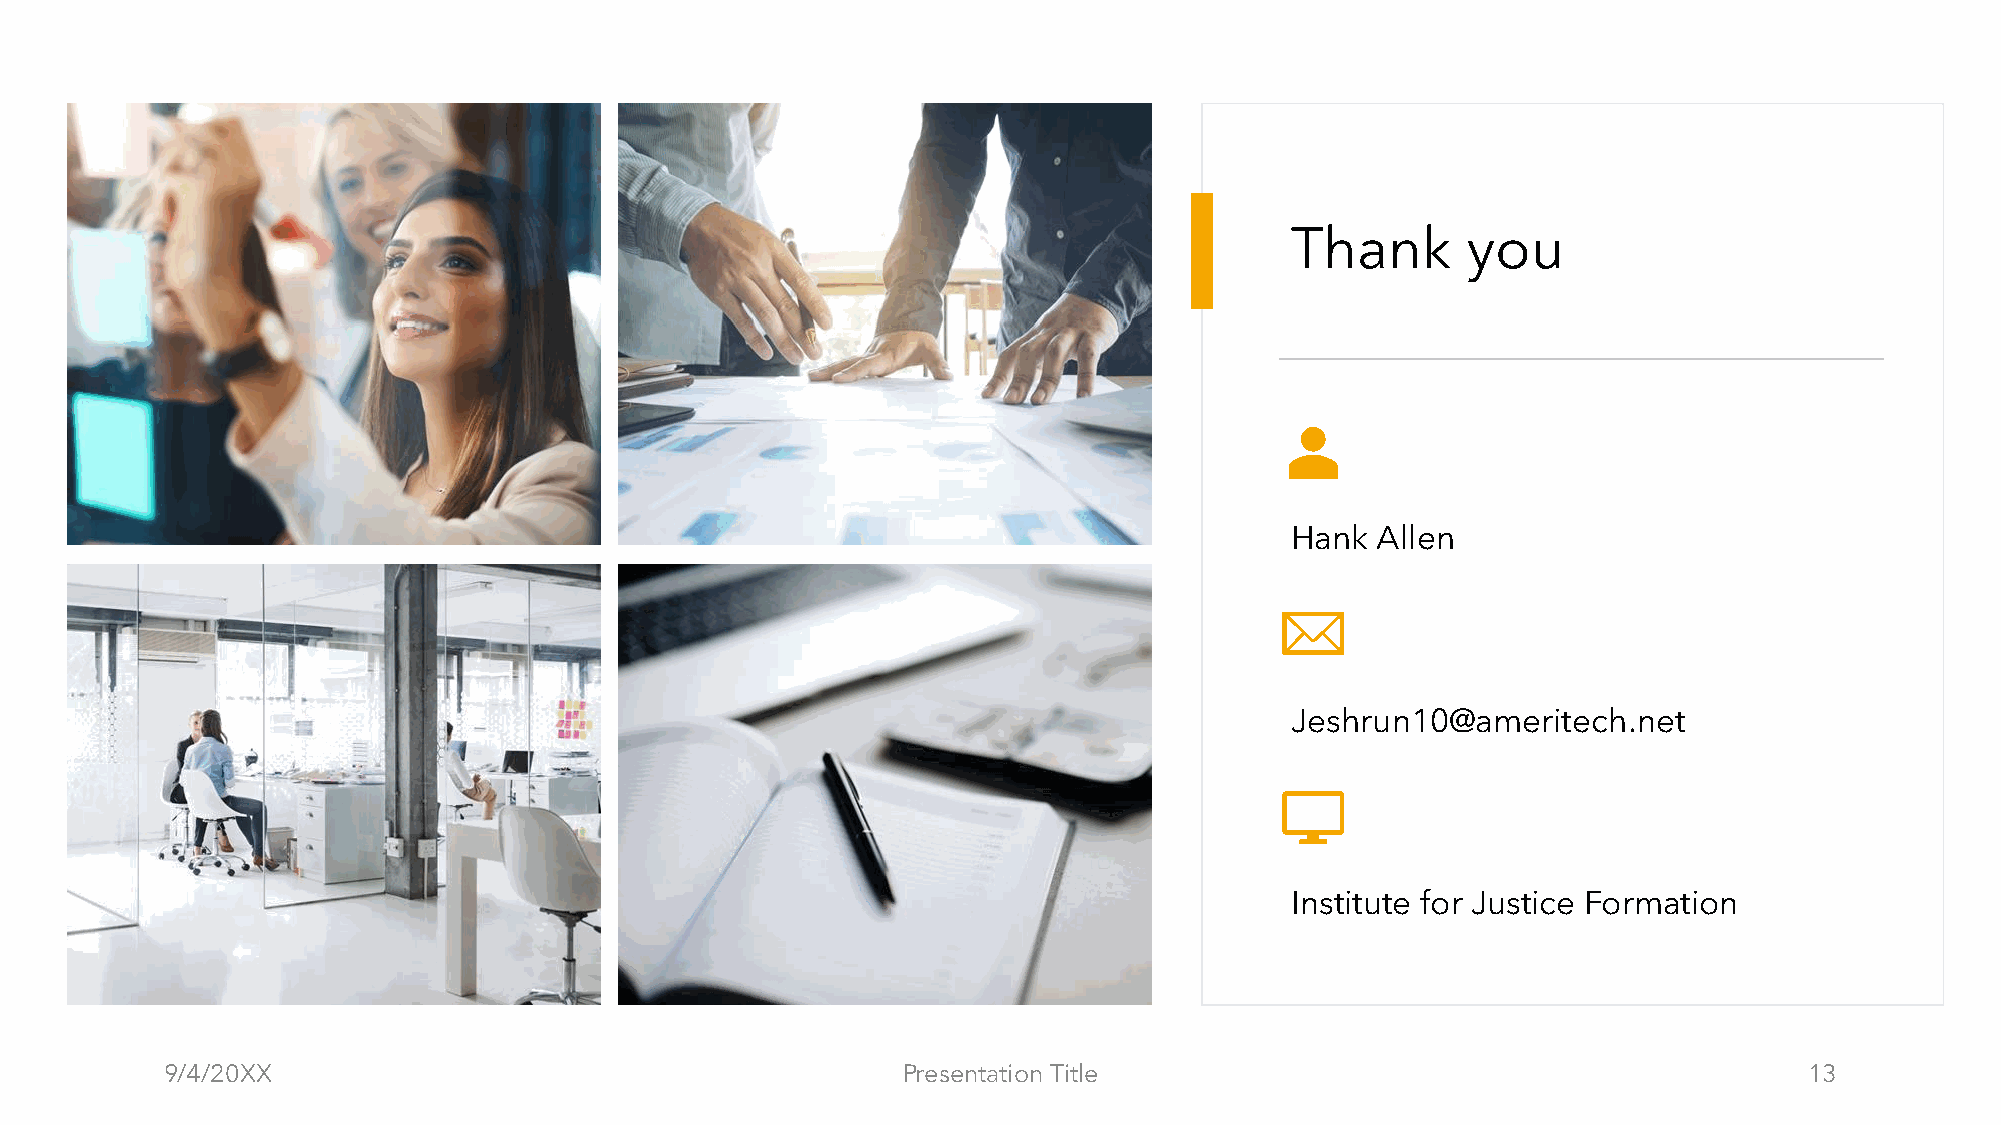
Thank       you
 Hank  Allen
 Jeshrun10@ameritech.net
 Institute for Justice Formation
 9/4/20XX                                         Presentation Title                                          13